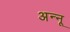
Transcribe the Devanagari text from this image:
अन्‍नू